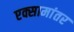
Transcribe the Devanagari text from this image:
एक्सामांतर